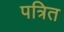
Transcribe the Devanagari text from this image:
पत्रित